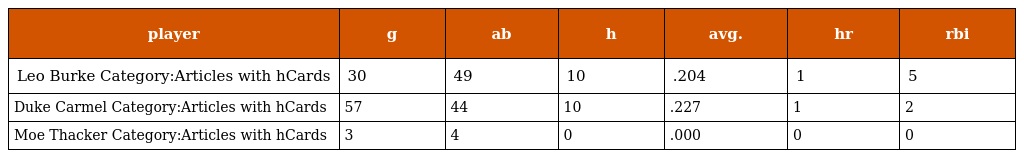
| player | g | ab | h | avg. | hr | rbi |
 | --- | --- | --- | --- | --- | --- | --- |
 | Leo Burke Category:Articles with hCards | 30 | 49 | 10 | .204 | 1 | 5 |
 | Duke Carmel Category:Articles with hCards | 57 | 44 | 10 | .227 | 1 | 2 |
 | Moe Thacker Category:Articles with hCards | 3 | 4 | 0 | .000 | 0 | 0 |